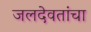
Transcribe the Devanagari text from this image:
जलदेवतांचा